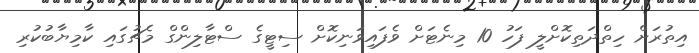
އިތުރަށް ހިތްދަތިކޮށްލީ ފަހު 10 މިނެޓަށް ވެފައިވަނިކޮށް ސިޓީގެ ސްޓާލިންގް މެޗުގައި ކާމިޔާބުކުރި